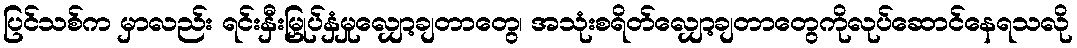
ပြင်သစ်က မှာလည်း ရင်းနှီးမြှုပ်နှံမှုလျှော့ချတာတွေ၊ အသုံးစရိတ်လျှော့ချတာတွေကိုလုပ်ဆောင်နေရသလို